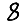
Digit: 8